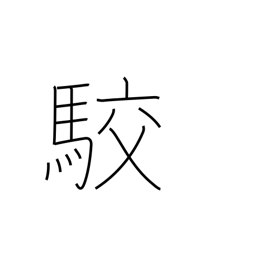
Meaning: spots